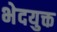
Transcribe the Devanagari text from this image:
भेदयुक्त